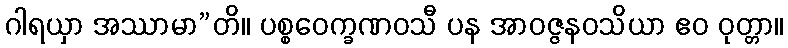
ဂါရယှာ အဿာမာ”တိ။ ပစ္စဝေက္ခဏဝသီ ပန အာဝဇ္ဇနဝသိယာ ဧဝ ဝုတ္တာ။